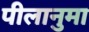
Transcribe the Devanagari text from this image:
पीलानुमा